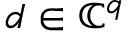
\b { d } \in \mathbb { C } ^ { q }